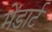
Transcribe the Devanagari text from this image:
मेंडार्ट